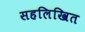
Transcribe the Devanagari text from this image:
सहलिखित